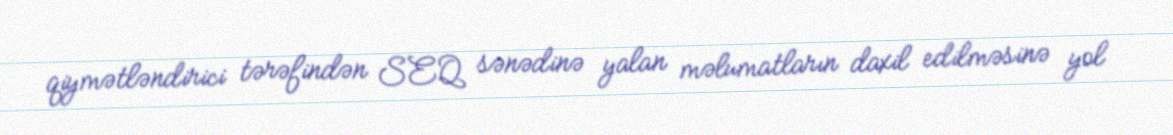
qiymətləndirici tərəfindən SEQ sənədinə yalan məlumatların daxil edilməsinə yol